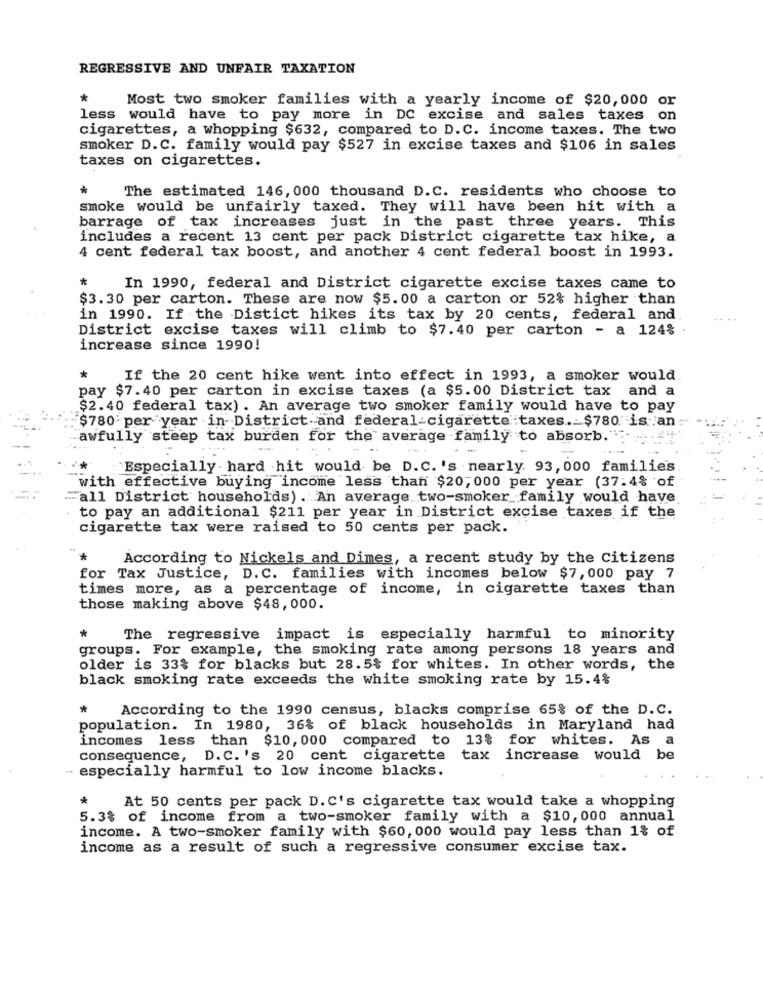
REGRESSIVE AND UNFAIR TAXATION
*
Most two smoker families with a yearly income of $20,000 or
less would have to pay more in DC excise and sales taxes on
cigarettes, a whopping $632, compared to D. C. income taxes. The two
smoker D.C. family would pay $527 in excise taxes and $106 in sales
taxes on cigarettes.
*
The estimated 146, 000 thousand D.C. residents who choose to
smoke would be unfairly taxed. They will have been hit with a
barrage of tax increases just in the past three years. This
includes a recent 13 cent per pack District cigarette tax hike, a
4 cent federal tax boost, and another 4 cent federal boost in 1993.
*
In 1990, federal and District cigarette excise taxes came to
$3.30 per carton. These are now $5.00 a carton or 52% higher than
in 1990. If the Distict hikes its tax by 20 cents, federal and
District excise taxes will climb to $7.40 per carton - a 124%
increase since 1990!
*
If the 20 cent hike went into effect in 1993, a smoker would
pay $7.40 per carton in excise taxes (a $5.00 District tax and a
$2.40 federal tax). An average two smoker family would have to pay
$780 per year in District and federal-cigarette taxes. $780 is an :
awfully steep tax burden for the average family to absorb."
-
Especially hard hit would be D.C.'s nearly. 93, 000 familie's
with effective buying income less than $20, 000 per year (37:4% of
... all District households) . An average two-smoker family would have
to pay an additional $211 per year in District excise taxes if the
cigarette tax were raised to 50 cents per pack.
*
According to Nickels and Dimes, a recent study by the Citizens
for Tax Justice, D. C. families with incomes below $7,000 pay 7
times more, as a percentage of income, in cigarette taxes than
those making above $48,000.
*
The regressive impact is especially harmful to minority
groups. For example, the smoking rate among persons 18 years and
older is 33% for blacks but 28.5% for whites. In other words, the
black smoking rate exceeds the white smoking rate by 15.4%
According to the 1990 census, blacks comprise 65% of the D.C.
population. In 1980, 36% of black households in Maryland had
incomes less than $10, 000 compared to 13% for whites. As a
consequence, D.C.'s 20 cent cigarette
tax increase would be
- especially harmful to low income blacks.
*
At 50 cents per pack D. C's cigarette tax would take a whopping
5.3% of income from a two-smoker family with a $10, 000 annual
income. A two-smoker family with $60, 000 would pay less than 1% of
income as a result of such a regressive consumer excise tax.